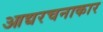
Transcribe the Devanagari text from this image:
आद्यरचनाकार